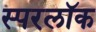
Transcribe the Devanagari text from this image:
स्परलॉक